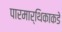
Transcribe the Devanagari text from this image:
पारमार्थिकाकडे